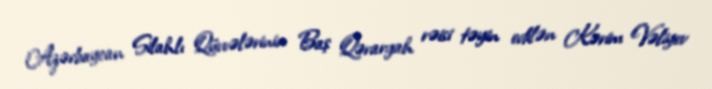
Azərbaycan Silahlı Qüvvələrinin Baş Qərargah rəisi təyin edilən Kərim Vəliyev